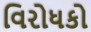
વિરોધકો